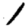
Digit: 1